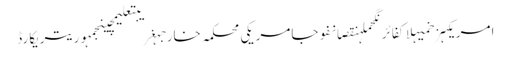
امریکہزخمیہلاکفائرنگحملہنقصانفوجامریکی محکمہ خارجہغریبتعلیمچینجمہوریتریکارڈ